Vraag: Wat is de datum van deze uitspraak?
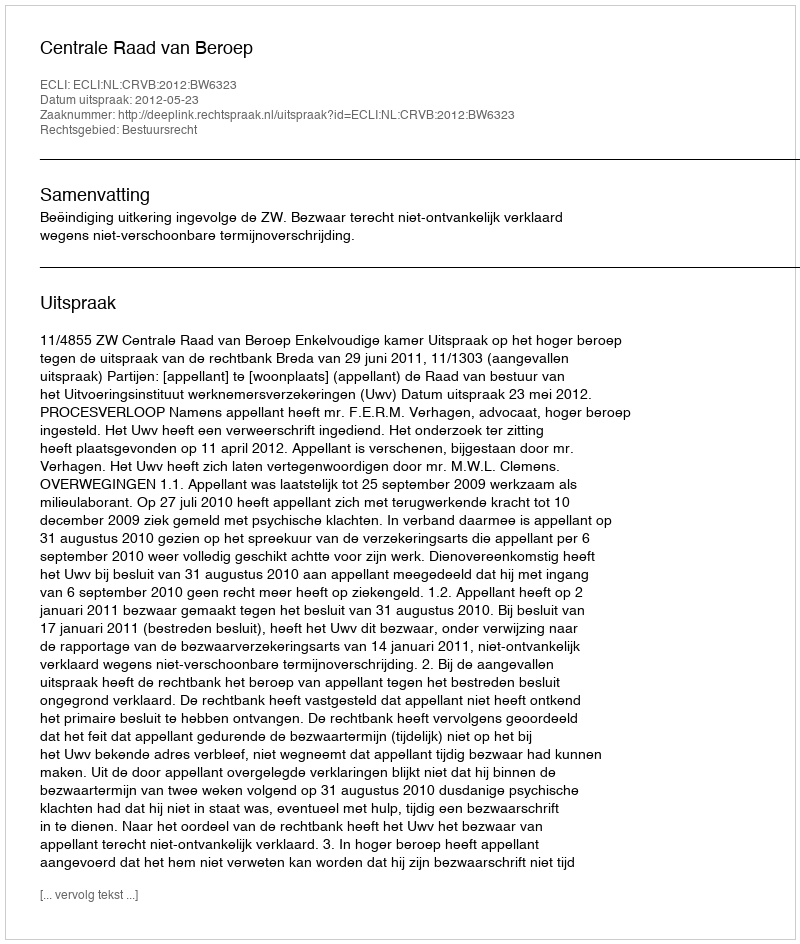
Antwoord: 2012-05-23